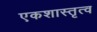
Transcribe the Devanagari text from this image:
एकशास्तृत्व